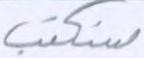
سنكتب